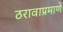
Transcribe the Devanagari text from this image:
ठरावाप्रमाणे